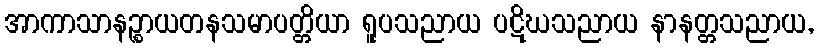
အာကာသာနဉ္စာယတနသမာပတ္တိယာ ရူပသညာယ ပဋိဃသညာယ နာနတ္တသညာယ,